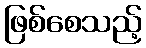
ဖြစ်စေသည့်